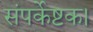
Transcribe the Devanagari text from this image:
संपर्केष्टक।